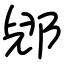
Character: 郳